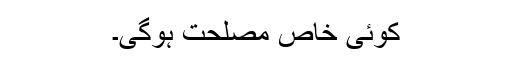
کوئی خاص مصلحت ہوگی۔